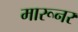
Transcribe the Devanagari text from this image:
मारूनर